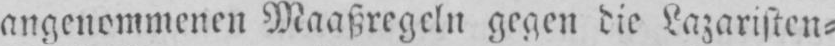
angenommenen Maaßregcln gegen die Lazaristen⸗